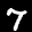
Label: 7